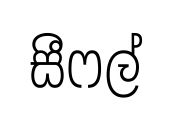
සීෆල්